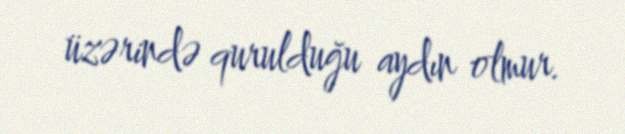
üzərində qurulduğu aydın olmur.